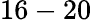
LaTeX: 16-20